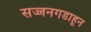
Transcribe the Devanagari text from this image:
सज्जनगडाहून